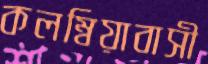
কলম্বিয়াবাসী